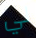
لي